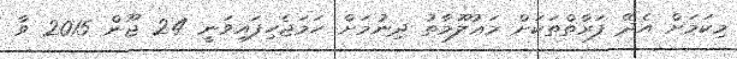
މިކަމަށް އެދޭ ފަރާތްތަކަށް މަޢުލޫމާތު ދިނުމަށް ހަމަޖެހިފައިވަނީ 24 ޖޫން 2015 ވާ